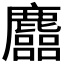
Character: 𪋦